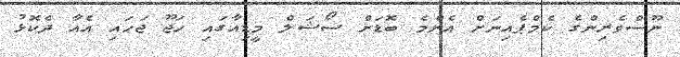
ނޫސްވެރިންގެ ކެމްޕެއިނަށް އެންމެ ބޮޑަށް ސޯޝަލް މީޑިއާގައި ހަޖޫ ޖަހައި އެއާ ދެކޮޅު